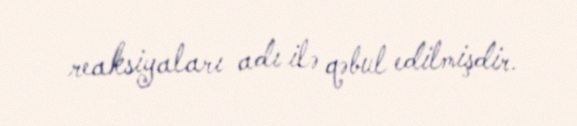
reaksiyaları adı ilə qəbul edilmişdir.